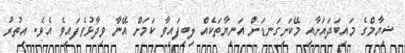
ޝިޔާމްގެ މައިބަދައަށާއި މޭކަށިގަނޑަށް އަނިޔާތަކެއް ލިބިފައިވާ ކަމަށް އޭނާ ވިދާޅުވެފައިވެ އެވެ. އިތުރު